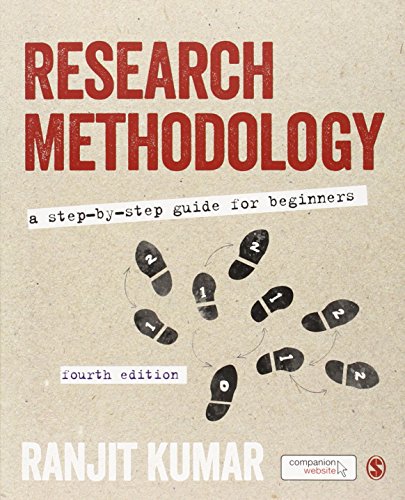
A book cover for Research Methodology: A Step-by-Step Guide for Beginners; Ranjit Kumar; Science & Math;